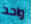
واحد